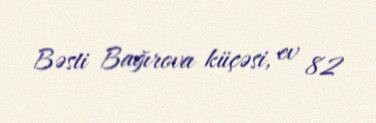
Bəsti Bağırova küçəsi, ev 82